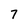
Character: 7